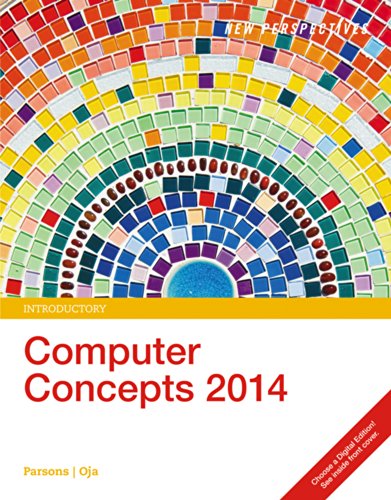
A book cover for New Perspectives on Computer Concepts 2014, Introductory (with Microsoft Office 2013 Try It! and CourseMate(TM) Printed Access Card); June Jamrich Parsons; Computers & Technology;